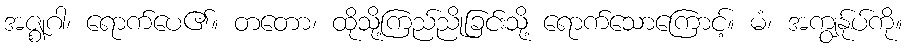
အဇ္ဈဂါ၊ ရောက်ပေ၏။ တတော၊ ထိုသို့ကြည်ညိုခြင်းသို့ ရောက်သောကြောင့်။ မံ၊ အကျွန်ုပ်ကို။